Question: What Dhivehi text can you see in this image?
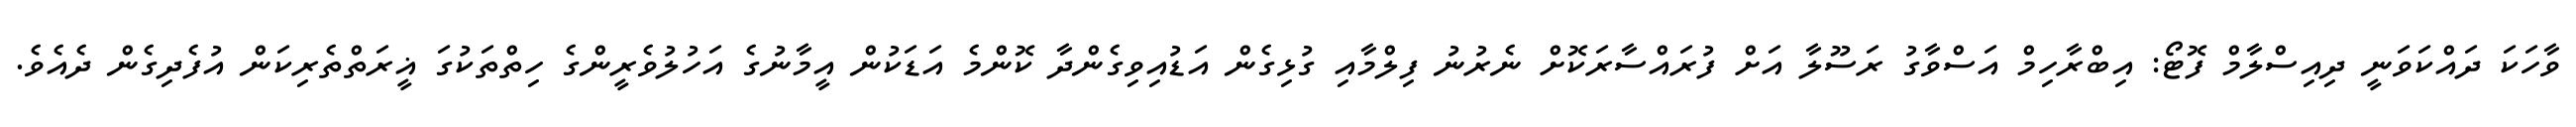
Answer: ވާހަކަ ދައްކަވަނީ ދިއިސްލާމް ފޮޓޯ: އިބްރާހިމް އަސްވާގު ރަސޫލާ އަށް ފުރައްސާރަކޮށް ނެރުނު ފިލްމާއި ގުޅިގެން އަޑުއިވިގެންދާ ކޮންމެ އަޑަކުން އީމާނުގެ އަހުލުވެރީންގެ ހިތްތަކުގަ ޣީރަތްތެރިކަން އުފެދިގެން ދެއެވެ.